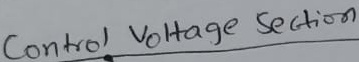
Text: Control voltage Section